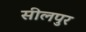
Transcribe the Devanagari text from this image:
सीलपुर